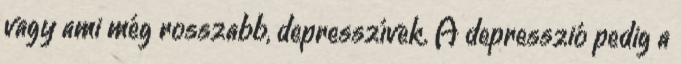
vagy ami még rosszabb, depresszívek. A depresszió pedig a